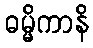
ဓမ္မိကာနိ